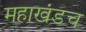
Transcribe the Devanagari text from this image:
महाखंडच